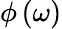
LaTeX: \phi\left(\omega\right)